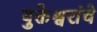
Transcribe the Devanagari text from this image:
युक्तेश्वरांचे